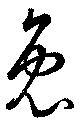
兔